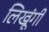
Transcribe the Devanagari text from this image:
लिखूंगी